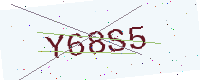
Text: Y68S5